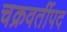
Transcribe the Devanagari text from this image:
चक्रवर्तीपद